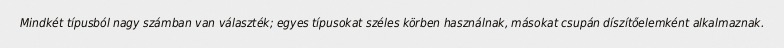
Mindkét típusból nagy számban van választék; egyes típusokat széles körben használnak, másokat csupán díszítőelemként alkalmaznak.